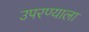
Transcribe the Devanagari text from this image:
उपरण्याला